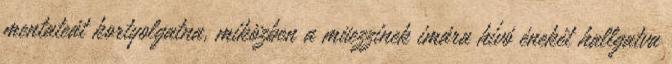
mentateát kortyolgatna, miközben a müezzinek imára hívó énekét hallgatva